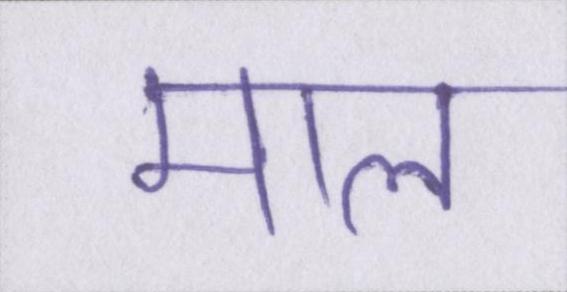
माल